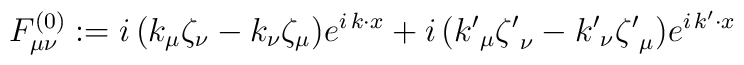
F^{(0)}_{\mu\nu}:=i\,(k_\mu\zeta_\nu-k_\nu\zeta_\mu) e^{i\,k\cdot x}+i\,({k'}_\mu{\zeta'}_\nu-{k'}_\nu{\zeta'}_\mu) e^{i\,k'\cdot x}